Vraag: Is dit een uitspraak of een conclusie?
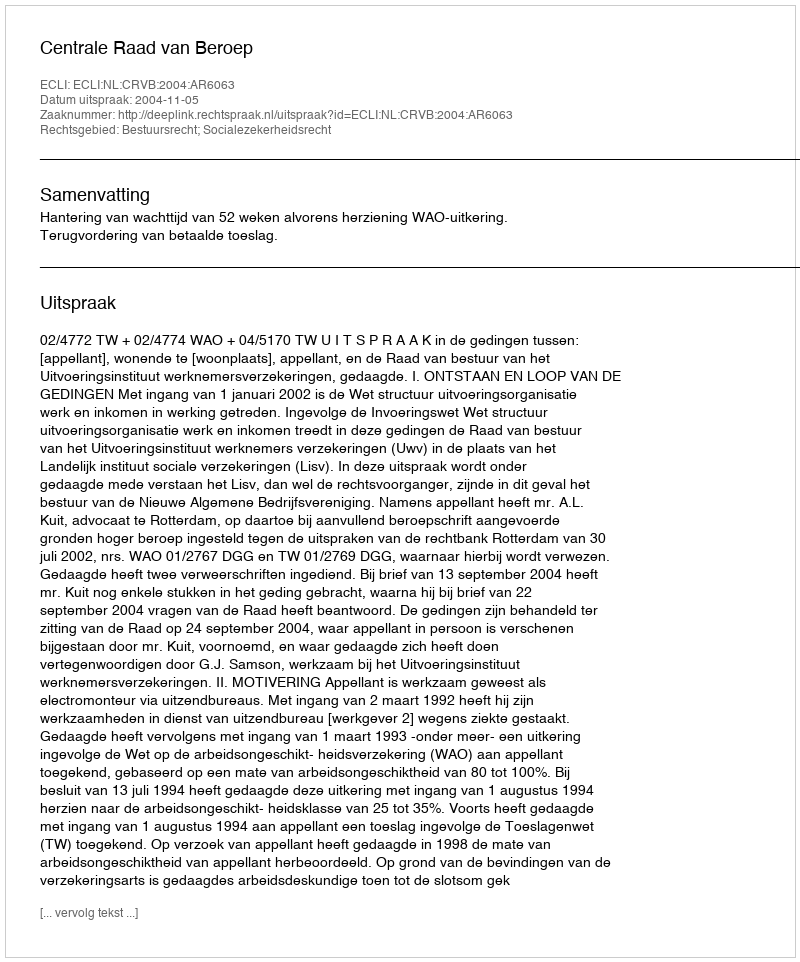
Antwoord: Uitspraak